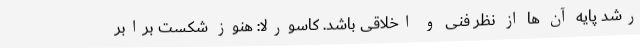
رشد پایه آن ها از نظر فنی و اخلاقی باشد. کاسورلا: هنوز شکست برابر